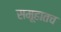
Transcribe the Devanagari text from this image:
समूहातच